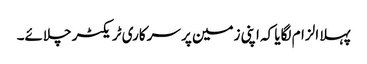
پہلا الزام لگایا کہ اپنی زمین پر سرکاری ٹریکٹر چلائے۔